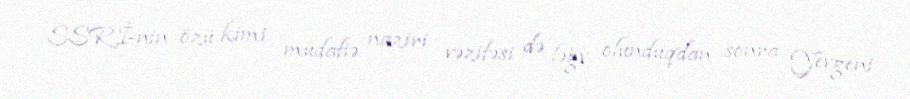
SSRİ-nin özü kimi müdafiə naziri vəzifəsi də ləğv olunduqdan sonra Yevgeni